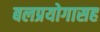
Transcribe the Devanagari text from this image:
बलप्रयोगासह